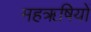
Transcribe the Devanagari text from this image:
महॠषियों